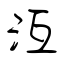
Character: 沍